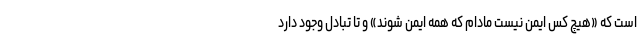
است که «هیچ کس ایمن نیست مادام که همه ایمن شوند» و تا تبادل وجود دارد